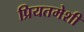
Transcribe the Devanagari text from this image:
प्रियतमेशी